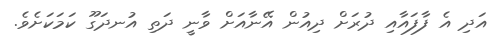
އަދި އެ ފާފައާއި ދުރަށް ދިއުން އޭނާއަށް ވާނީ ދަތި އުނދަގޫ ކަމަކަށެވެ.